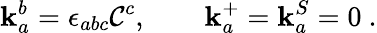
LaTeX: \mathbf{k}_{a}^{b}=\epsilon_{abc}\mathcal{C}^{c},\qquad\mathbf{k}_{a}^{+}=\mathbf{k}_{a}^{S}=0\ .